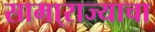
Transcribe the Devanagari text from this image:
सामा्राज्याचा